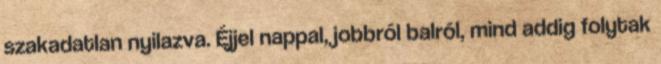
szakadatlan nyilazva. Éjjel nappal, jobbról balról, mind addig folytak